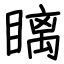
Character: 瞝